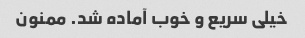
خیلی سریع و خوب آماده شد. ممنون